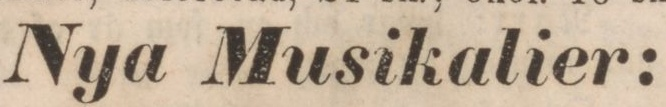
Nya Musikalier: